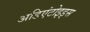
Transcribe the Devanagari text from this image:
अडिएंटोइड्स